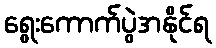
ရွေးကောက်ပွဲအနိုင်ရ